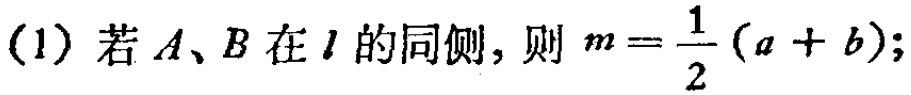
(1) 若 \(A、B\) 在 \(l\) 的同侧，则 \(m = \frac{1}{2}(a + b)\);